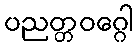
ပညတ္တဝဂ္ဂေါ